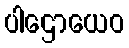
ပါဌောယေဝ